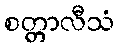
စတ္တာလီသံ